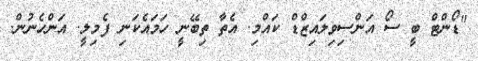
"ޑޯންޓް ބީ ސޯ އަންސިވިލައިޒްޑް ކައްމި. އެތާ ތިބޭނީ ހަމައެކަނި ފެމިލީ. އަންހެނުން.